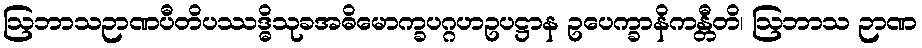
ဩဘာသဉာဏပီတိပဿဒ္ဓိသုခအဓိမောက္ခပဂ္ဂဟဥပဋ္ဌာန ဥပေက္ခာနိကန္တီတိ၊ ဩဘာသ ဉာဏ